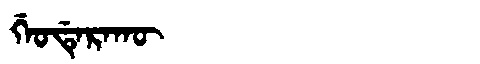
Manchu: ᡤᡝᠣᡩᡝᡵᠠᡴᡡ
Romanization: GEODERAKŪ